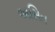
અસિત